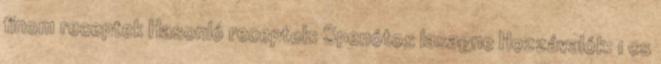
finom receptek Hasonló receptek: Spenótos lasagne Hozzávalók: 1 cs